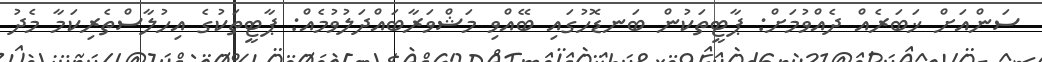
ސަންއަށް ޚަބަރެއް ދެއްވުމަށް: ޕާޓީތަކުން ބަނޑޮހުގައި ބޭއްވި މަޝްވަރާބައްދަލުވުމެއް: ޕާޓީތަކުގެ އިހުލާސްތެރިކަމާ މެދު